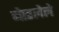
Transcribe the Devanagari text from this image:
जेाडलेले